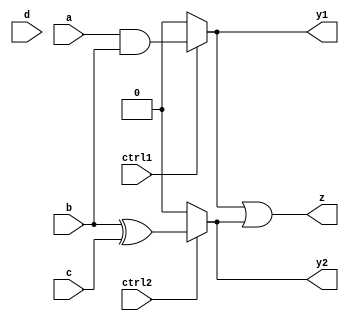
module combinational_logic_groups (
    input wire a,       // Primary input
    input wire b,       // Primary input
    input wire c,       // Primary input
    input wire d,       // Primary input
    input wire ctrl1,   // Control signal for Group 1
    input wire ctrl2,   // Control signal for Group 2
    output wire y1,     // Output from Group 1
    output wire y2,     // Output from Group 2
    output wire z       // Final output
);

// Group 1: Processes inputs a and b
wire ab_and;          // Intermediate signal from Group 1
wire ab_or;           // Intermediate signal from Group 1

// Combinational logic for Group 1
assign ab_and = a & b; // AND operation
assign ab_or  = a | b; // OR operation
assign y1 = (ctrl1) ? ab_and : 1'b0; // Output from Group 1 based on control signal

// Group 2: Processes inputs b, c, and d
wire bc_xor;          // Intermediate signal from Group 2
wire bd_or;           // Intermediate signal from Group 2

// Combinational logic for Group 2
assign bc_xor = b ^ c; // XOR operation
assign bd_or  = b | d; // OR operation
assign y2 = (ctrl2) ? bc_xor : 1'b0; // Output from Group 2 based on control signal

// Final output z depends on outputs from both groups
assign z = y1 | y2; // Combine outputs from Group 1 and Group 2

endmodule